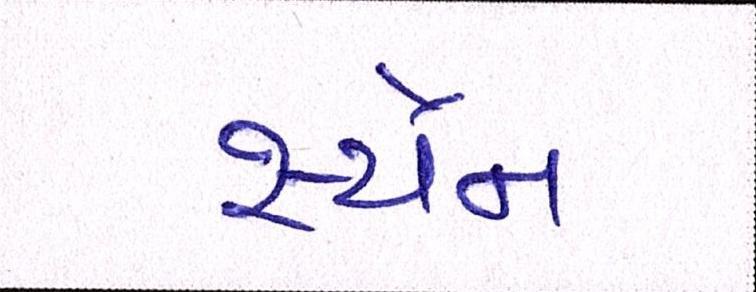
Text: સ્ચૈન